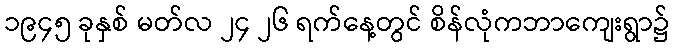
၁၉၄၅ ခုနှစ် မတ်လ ၂၄ ၂၆ ရက်နေ့တွင် စိန်လုံကဘာကျေးရွာ၌